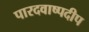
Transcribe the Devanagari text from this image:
पारदवाष्पदीप